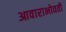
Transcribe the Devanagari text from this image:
आवाराभोवती